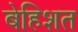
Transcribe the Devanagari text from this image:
बेहिशत